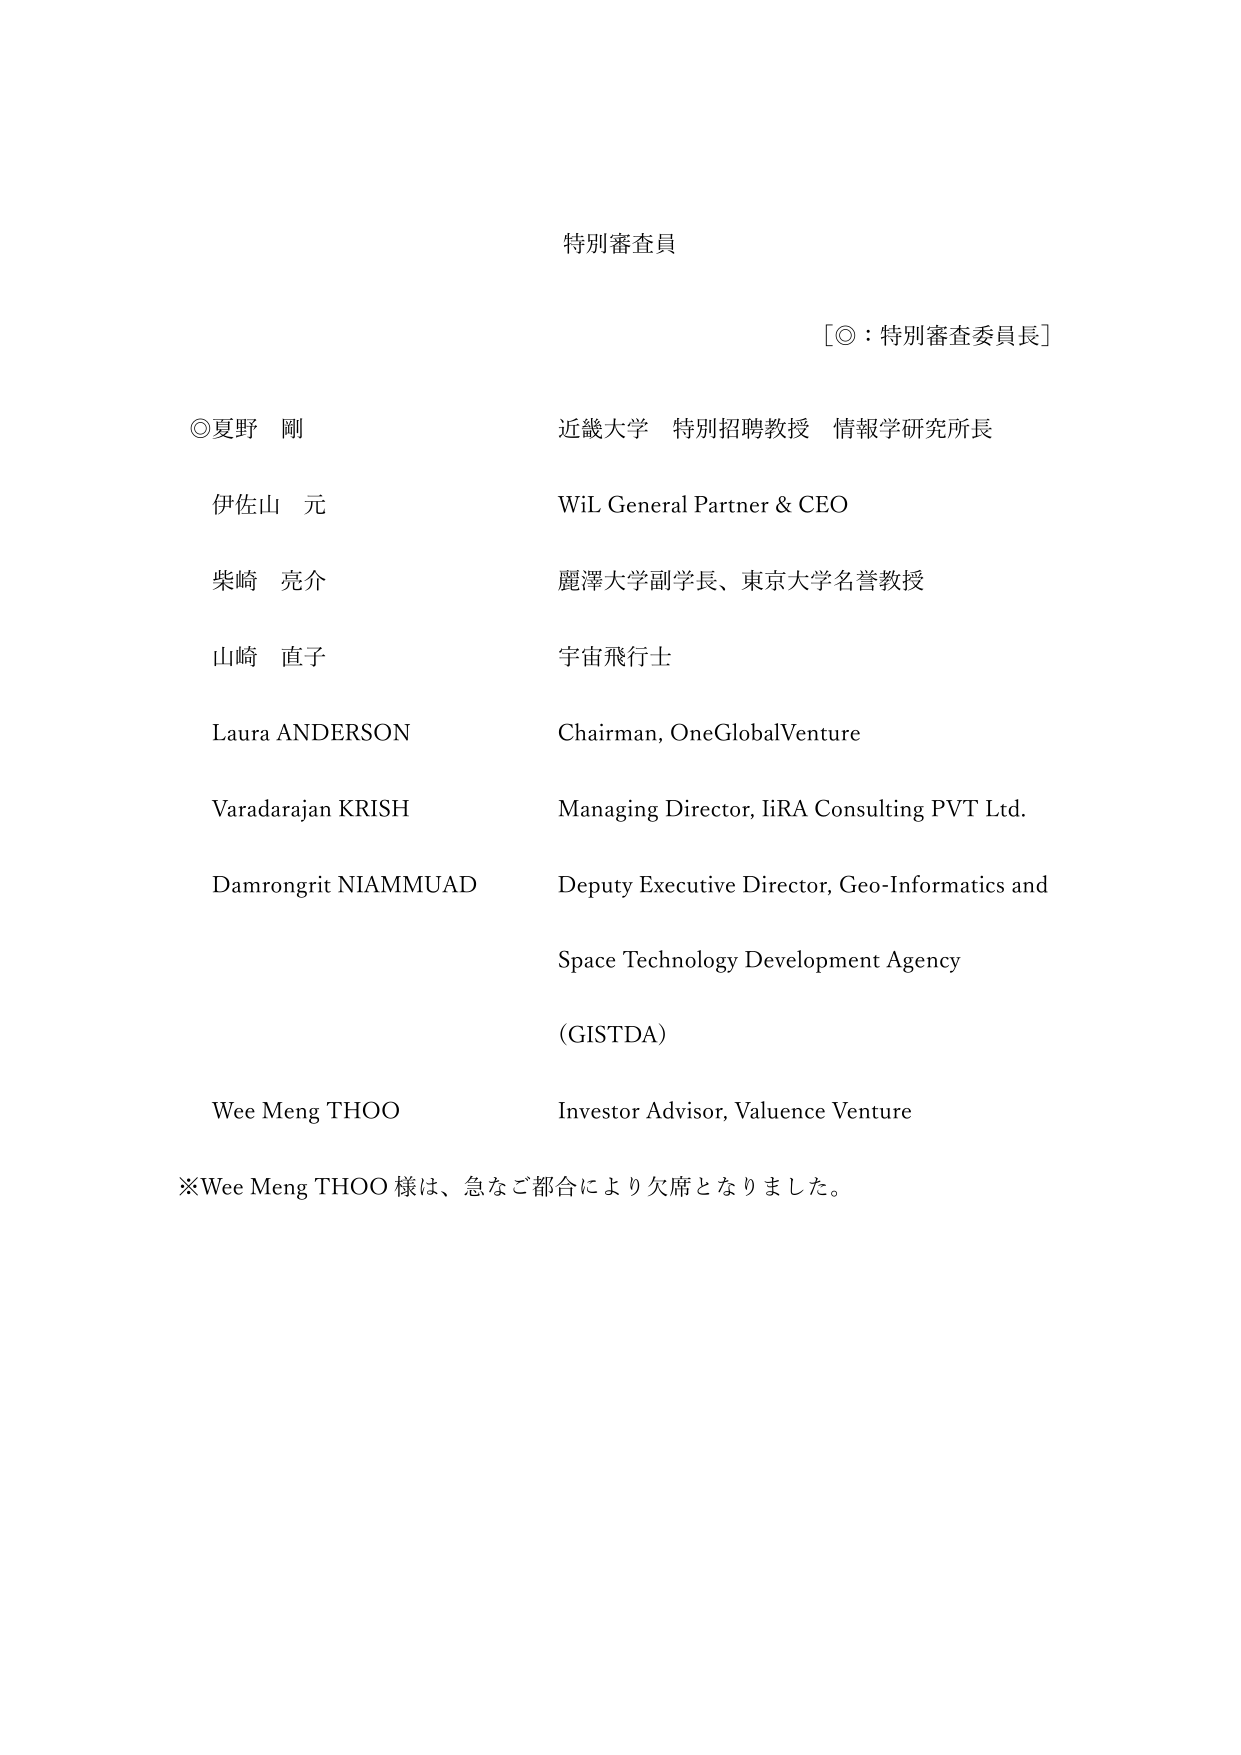
特別審査員

［◎：特別審査委員長］

◎夏野 剛　　　　　　　　　近畿大学 特別招聘教授 情報学研究所長
伊佐山 元　　　　　　　　　WiL General Partner & CEO
柴崎 亮介　　　　　　　　　麗澤大学副学長、東京大学名誉教授
山崎 直子　　　　　　　　　宇宙飛行士
Laura ANDERSON　　　　　　Chairman, OneGlobalVenture
Varadarajan KRISH　　　　　Managing Director, IiRA Consulting PVT Ltd.
Damrongrit NIAMMUAD　　Deputy Executive Director, Geo-Informatics and
　　　　　　　　　　　　　　Space Technology Development Agency
　　　　　　　　　　　　　　(GISTDA)
Wee Meng THOO　　　　　　Investor Advisor, Valuence Venture

※Wee Meng THOO 様は、急なご都合により欠席となりました。